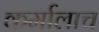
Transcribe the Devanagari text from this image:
कर्मालाच